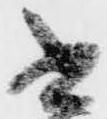
書